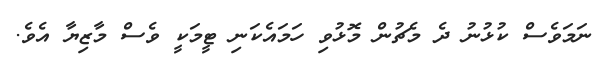
ނަމަވެސް ކުޅުނު ދެ މެޗުން މޮޅުވި ހަމައެކަނި ޓީމަކީ ވެސް މާޒިޔާ އެވެ.